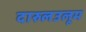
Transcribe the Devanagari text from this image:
दारुलउलूम